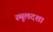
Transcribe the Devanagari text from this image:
स्थूलदशा